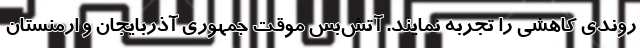
روندی کاهشی را تجربه نمایند. آتش‌بس موقت جمهوری آذربایجان و ارمنستان